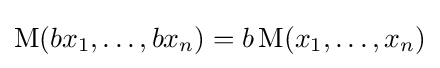
\operatorname {M} (bx_{1},\ldots ,bx_{n})=b\operatorname {M} (x_{1},\ldots ,x_{n})